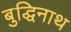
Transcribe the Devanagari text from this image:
बुद्धिनाथ